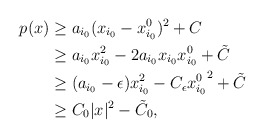
\begin{align*}p(x)&\geq a_{i_0} (x_{i_0}-x_{i_0}^0)^2+C\\&\geq a_{i_0} x_{i_0}^2-2a_{i_0} x_{i_0}x_{i_0}^0+\tilde{C}\\&\geq (a_{i_0}-\epsilon) x_{i_0}^2-C_\epsilon{x_{i_0}^0}^2+\tilde{C}\\&\geq C_0|x|^2-\tilde{C}_0,\end{align*}